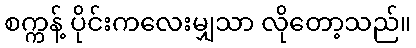
စက္ကန့် ပိုင်းကလေးမျှသာ လိုတော့သည်။